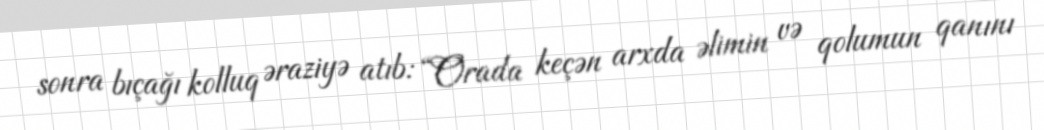
sonra bıçağı kolluq əraziyə atıb: “Orada keçən arxda əlimin və qolumun qanını